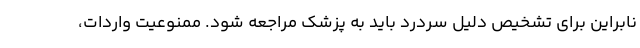
نابراین برای تشخیص دلیل سردرد باید به پزشک مراجعه شود. ممنوعیت واردات،